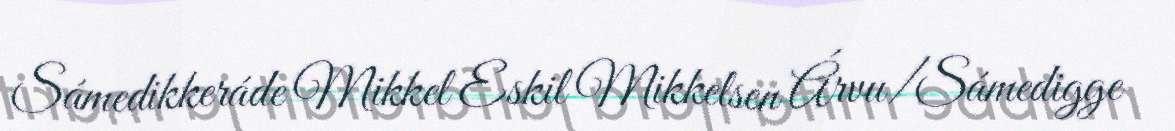
Sámedikkeráde Mikkel Eskil Mikkelsen Árvu/Sámedigge